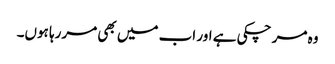
وہ مر چکی ہے اور اب میں بھی مررہا ہوں۔